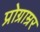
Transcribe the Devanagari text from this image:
प्रोग्राम्रर